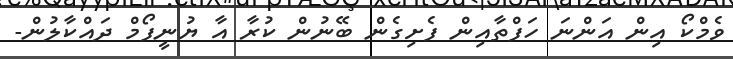
ވެމްކޯ އިން އަންނަ ހަފްތާއިން ފެށިގެން ބޭނުން ކުރާ އާ ޔުނީފޯމް ދައްކާލުން-